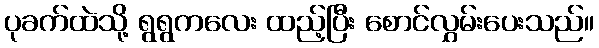
ပုခက်ထဲသို့ ရွရွကလေး ထည့်ပြီး စောင်လွှမ်းပေးသည်။